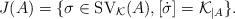
LaTeX: \begin{align*}J(A)=\{\sigma\in \mathrm{SV}_\mathcal{K}(A), [\dot{\sigma}] = \mathcal{K}_{\vert A}\}.\end{align*}